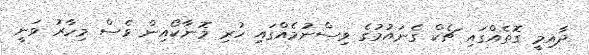
ދާއިމީ ގޮތެއްގައި ޗެކް ގެނައުމުގެ ވިސްނުމެއްގައި ހުރި މޮނާކޯއިން ވެސް މިހާރު ވަނީ